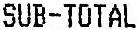
SUB-TOTAL